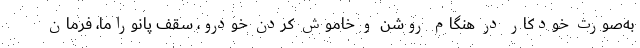
به‌صورت خودکار در هنگام روشن و خاموش کردن خودرو، سقف پانوراما، فرمان